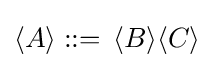
\langle A\rangle ::=\,\langle B\rangle \langle C\rangle